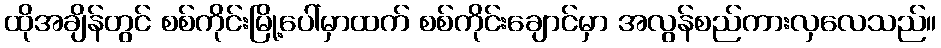
ထိုအချိန်တွင် စစ်ကိုင်းမြို့ပေါ်မှာထက် စစ်ကိုင်းချောင်မှာ အလွန်စည်ကားလှလေသည်။